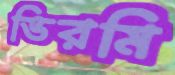
ভিরমি